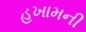
હખામની